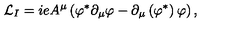
{ \cal L } _ { I } = i e A ^ { \mu } \left( \varphi ^ { \ast } \partial _ { \mu } \varphi - \partial _ { \mu } \left( \varphi ^ { \ast } \right) \varphi \right) ,